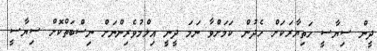
ދީން ސިޔާސީ ހަތިޔާރަކަށް ހެދުން ކަމަށްވާ ނަމަ ދީނީ އިލްމުވެރިންނަށް ނިސްބަތްކޮށް ސިޔާސީ